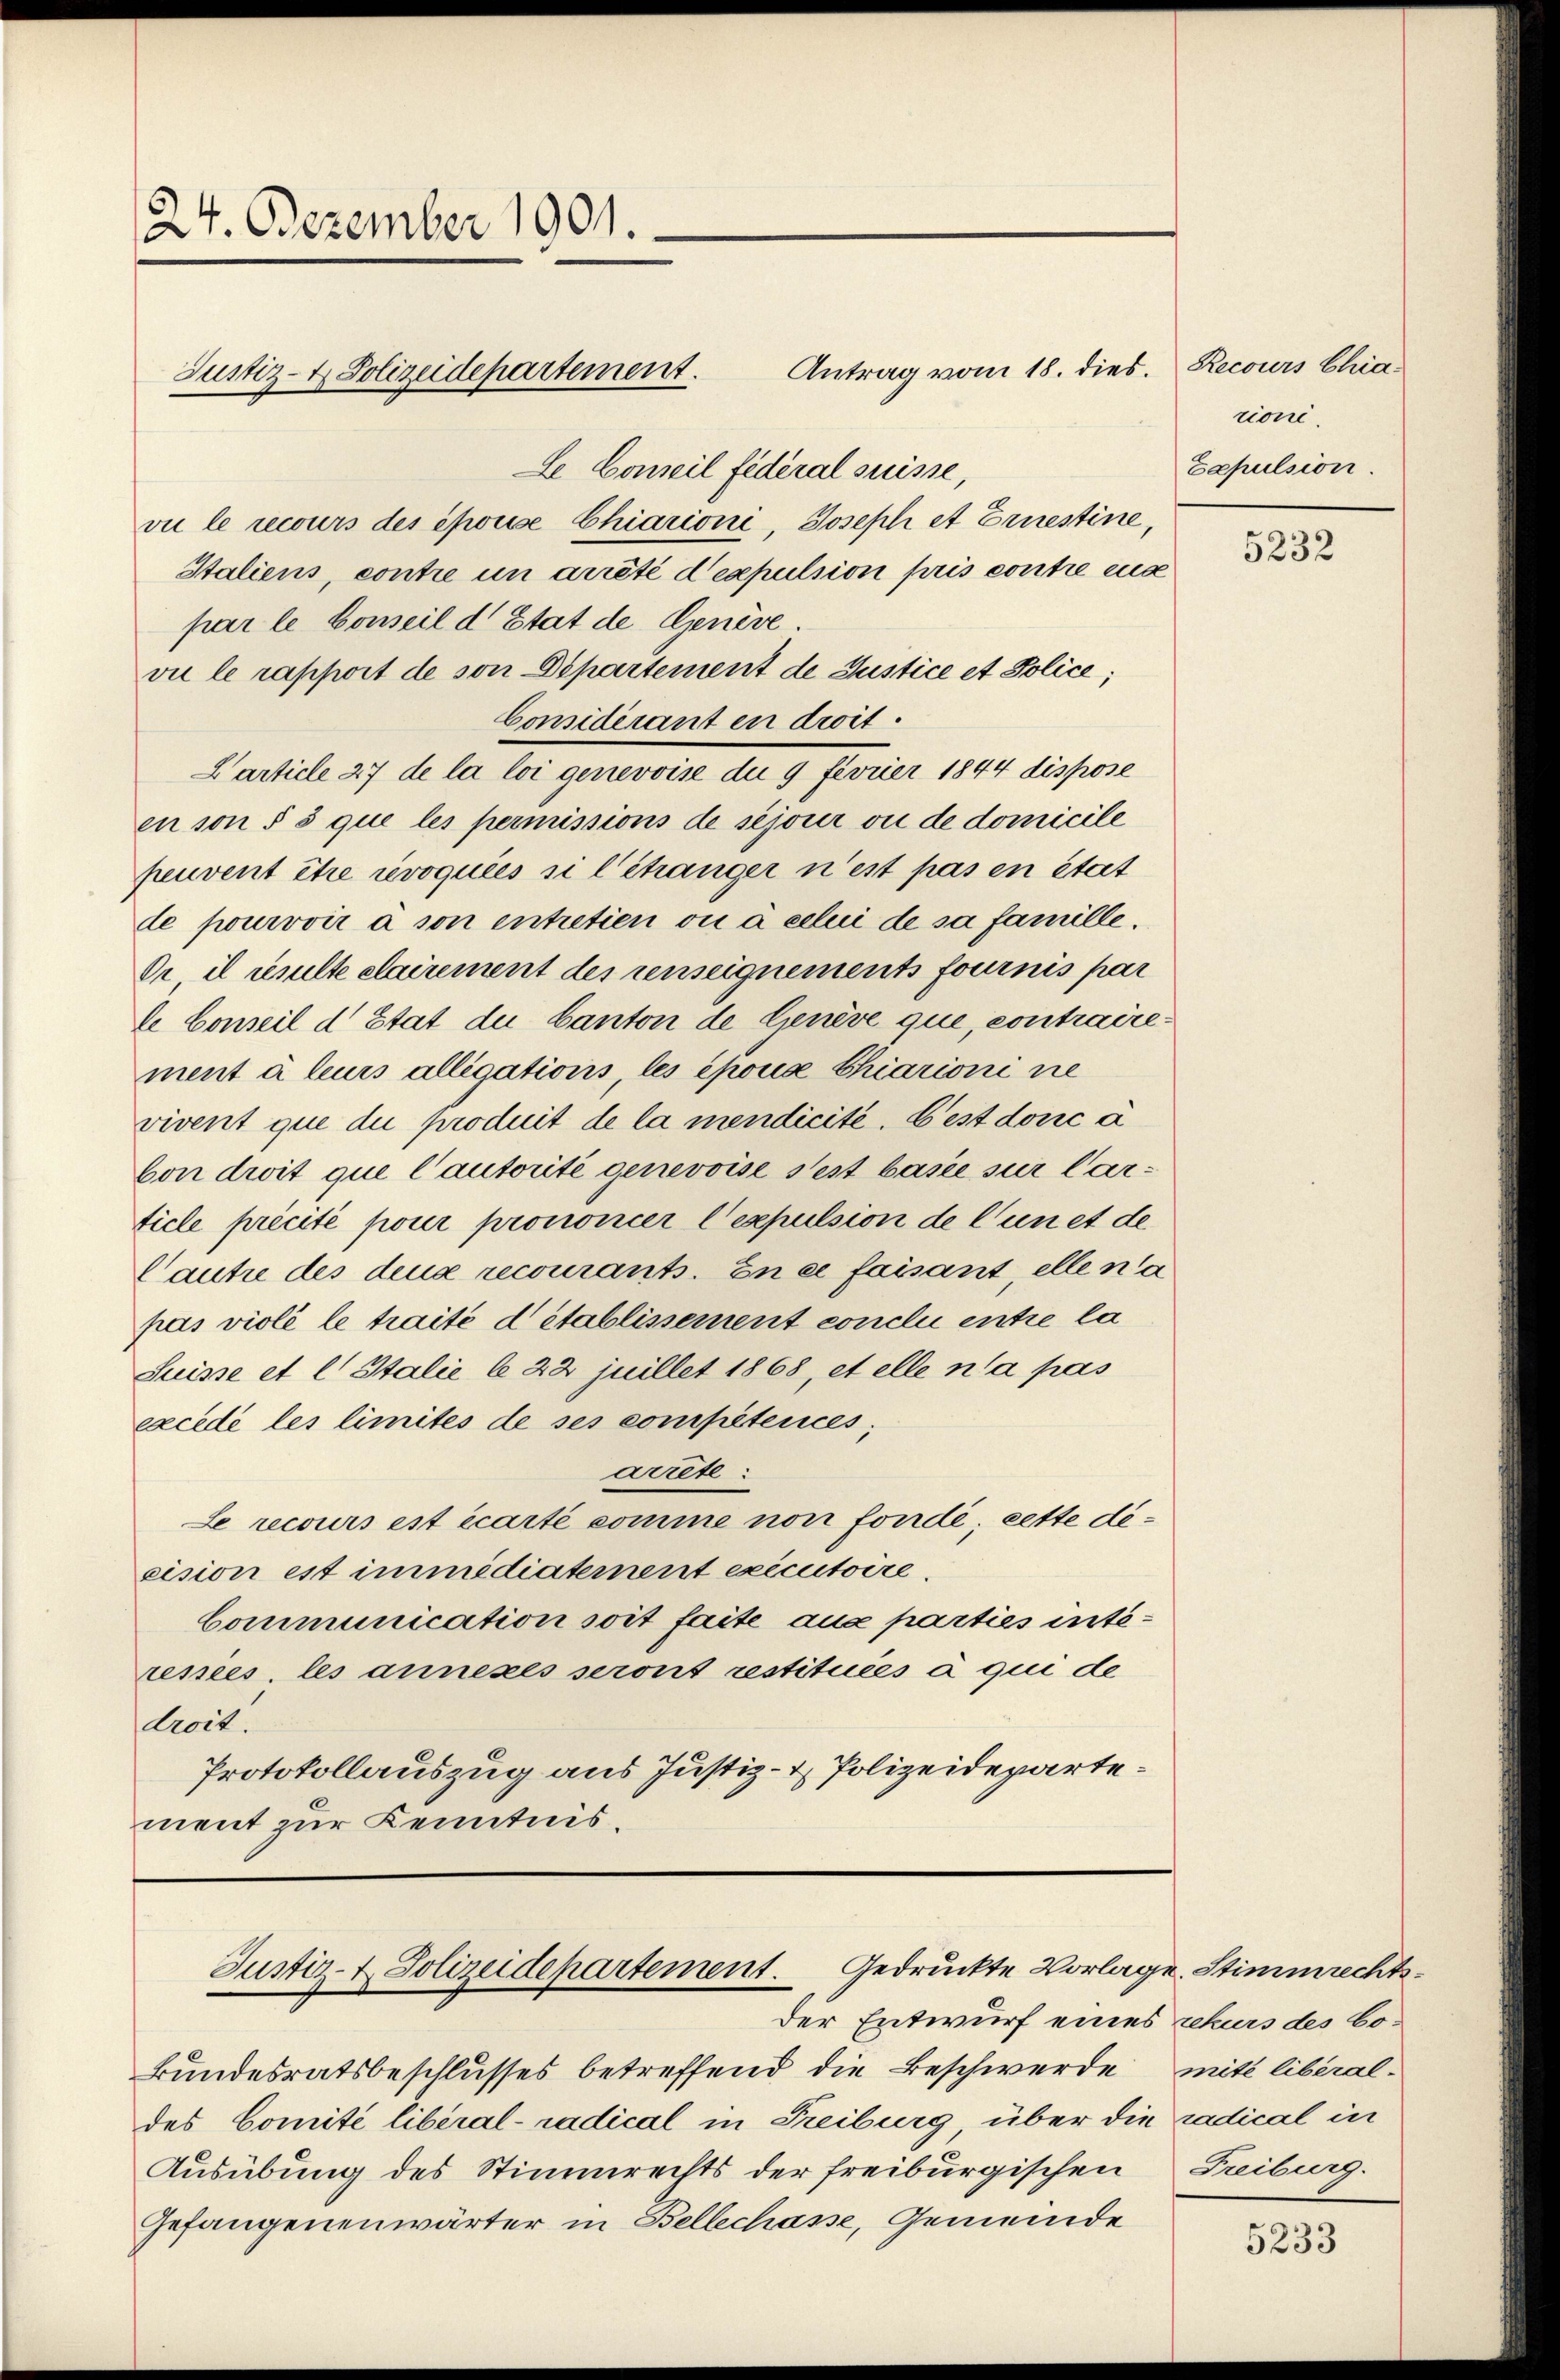
24. Dezember 1901.

Justiz- & Polizeidepartement. Antrag vom 18. dies.

Justiz- & Polizeidepartement. Gedruckte Vorlage. Stimmrechts¬

Der Entwurf eines rekurs des bo¬
Bundesratsbeschlusses betreffend die Beschwerde mit liberaldes Comité liberal- radical in Freiburg über die radical in
Ausübung des Stimmrechts der freiburgischen Freiburg.
Gefangenenwärter in Bellechasse, Gemeinde

Le Conseil fédéral suisse,
vu le recours des épouise Chiarioni, Josephi et Ernestine,
Italiens, contre un arrêté d’expulsion pris contre eux
par le Conseil d’Etat de Genève.
vie le rapport de son Departement de Justice et Police,
Considérant en droit.
Carticle 27 de la loi genevoise du 9 fevrier 1844 dispose
en son § 5 que les permissions de sejour ou de domicile
peuvent être révoquées si l’étranger n’est pas en état
de pourvoir à son entretien ou à celui de sa famille.
Or il resulte clairement des renseignements fournis par
le Conseil d Etat du Canton de Genève que, contraire.
ment à leurs alligations, les épouse Chiarioni ne
vivent que die produit de la mendicite. Bist donc à
von droit que l’autorité genevoise s’est basie sur larticle précité pour prononcer l’expulsion de l’un et de
Cautre des deux recourants. En ce faisant elle na
pas violé le traite détablissement conclu entre la
Suisse et l Italie le 22 juillet 1868, et elle n’a pas
excede les limités de ses compétences,
artete
Le recours est écarté somme non fondé cette dicision est immédiatement executoire.
Communication soit faite aux parties interesses, les annexes seront restituées à qui de
droit.
Protokollauszug aus Justiz- & Polizeidepartement zur Kenntnis.

Recours Chia
rioni.
Eapulsion.

5232

5233